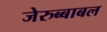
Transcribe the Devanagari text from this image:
जेरुब्बाबल